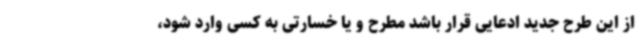
از این طرح جدید ادعایی قرار باشد مطرح و یا خسارتی به کسی وارد شود،